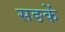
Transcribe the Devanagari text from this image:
सङकें